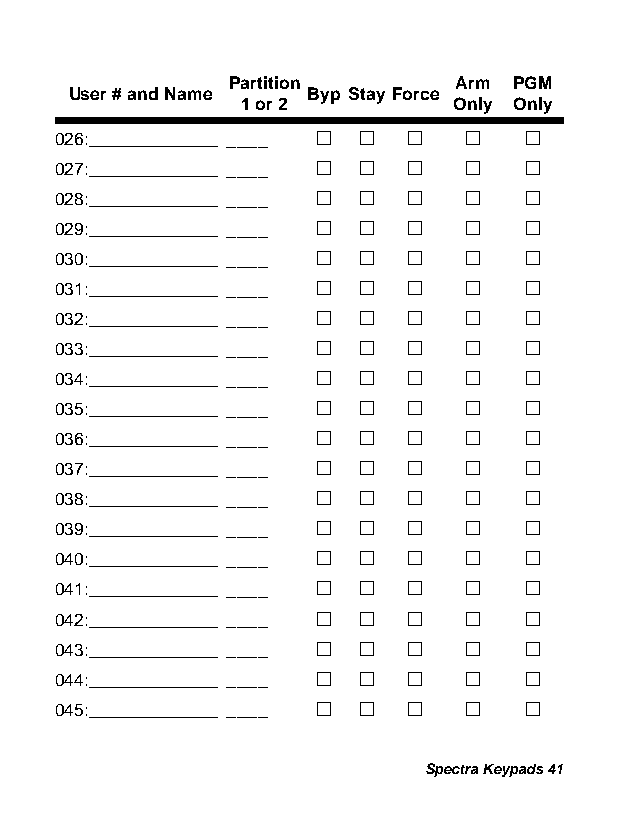
Partition      Arm PGM
 User # and Name Byp Stay Force
 1 or 2        Only Only
 026:_____________ ____ l l l l l
 027:_____________ ____ l l l l l
 028:_____________ ____ l l l l l
 029:_____________ ____ l l l l l
 030:_____________ ____ l l l l l
 031:_____________ ____ l l l l l
 032:_____________ ____ l l l l l
 033:_____________ ____ l l l l l
 034:_____________ ____ l l l l l
 035:_____________ ____ l l l l l
 036:_____________ ____ l l l l l
 037:_____________ ____ l l l l l
 038:_____________ ____ l l l l l
 039:_____________ ____ l l l l l
 040:_____________ ____ l l l l l
 041:_____________ ____ l l l l l
 042:_____________ ____ l l l l l
 043:_____________ ____ l l l l l
 044:_____________ ____ l l l l l
 045:_____________ ____ l l l l l
 Spectra Keypads 41